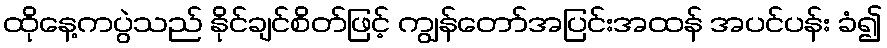
ထိုနေ့ကပွဲသည် နိုင်ချင်စိတ်ဖြင့် ကျွန်တော်အပြင်းအထန် အပင်ပန်း ခံ၍